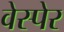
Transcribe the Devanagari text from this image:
वेस्पेर